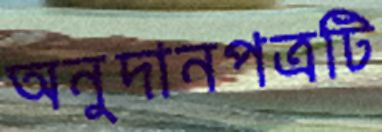
অনুদানপত্রটি